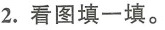
2.看图填一填。